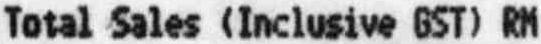
TOTAL SALES (INCLUSIVE GST) RM